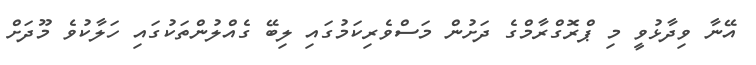
އޭނާ ވިދާޅުވީ މި ޕްރޮގްރާމްގެ ދަށުން މަސްވެރިކަމުގައި ލިބޭ ގެއްލުންތަކުގައި ހަލާކުވެ މޫދަށް